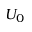
U _ { 0 }